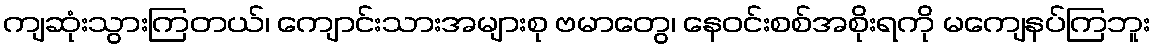
ကျဆုံးသွားကြတယ်၊ ကျောင်းသားအများစု ဗမာတွေ၊ နေဝင်းစစ်အစိုးရကို မကျေနပ်ကြဘူး